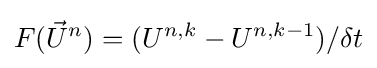
F({\vec {U}}^{n})=(U^{n,k}-U^{n,k-1})/\delta t